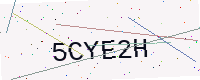
Text: 5CYE2H